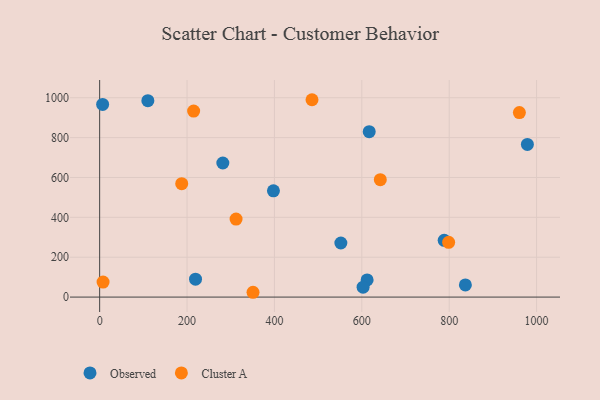
{"axis": {"x": "Investment", "y": "Profit"}, "legend": ["Cluster A", "Observed"], "data": [{"x": "978.9", "y": 765.8, "type": "Observed"}, {"x": "612.1", "y": 86.3, "type": "Observed"}, {"x": "281.9", "y": 672.7, "type": "Observed"}, {"x": "837.0", "y": 61.2, "type": "Observed"}, {"x": "616.9", "y": 829.6, "type": "Observed"}, {"x": "602.9", "y": 49.8, "type": "Observed"}, {"x": "110.3", "y": 985.1, "type": "Observed"}, {"x": "219.4", "y": 89.7, "type": "Observed"}, {"x": "6.8", "y": 966.5, "type": "Observed"}, {"x": "397.7", "y": 532.9, "type": "Observed"}, {"x": "788.5", "y": 284.7, "type": "Observed"}, {"x": "552.0", "y": 271.4, "type": "Observed"}, {"x": "215.1", "y": 933.2, "type": "Cluster A"}, {"x": "486.0", "y": 990.0, "type": "Cluster A"}, {"x": "960.6", "y": 925.4, "type": "Cluster A"}, {"x": "312.2", "y": 391.4, "type": "Cluster A"}, {"x": "642.3", "y": 588.8, "type": "Cluster A"}, {"x": "351.0", "y": 24.1, "type": "Cluster A"}, {"x": "7.8", "y": 75.2, "type": "Cluster A"}, {"x": "187.8", "y": 568.9, "type": "Cluster A"}, {"x": "798.7", "y": 274.8, "type": "Cluster A"}]}